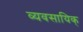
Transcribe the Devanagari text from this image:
व्यवसायिक्